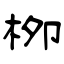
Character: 栁